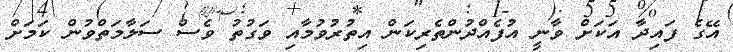
އޭގެ ފައިދާ އަކަށް ވާނީ އުފެއްދުންތެރިކަން އިތުރުވުމާއި ވަގުތު ވެސް ސަލާމަތްވުން ކަމަށް